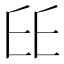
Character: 𠂩